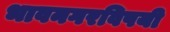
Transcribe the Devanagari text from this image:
भावनगरविषयी